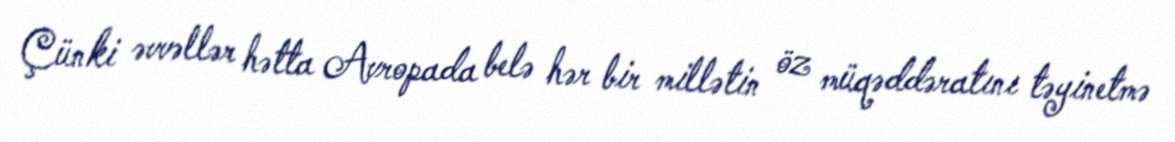
Çünki əvvəllər hətta Avropada belə hər bir millətin öz müqəddəratını təyinetmə